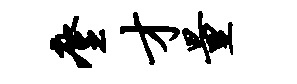
麈才量